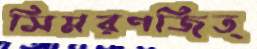
সিমরণজিত্